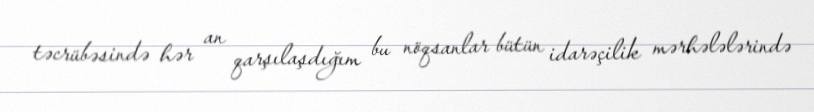
təcrübəsində hər an qarşılaşdığım bu nöqsanlar bütün idarəçilik mərhələlərində